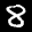
Label: 8